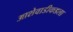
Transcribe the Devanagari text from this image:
आशेवाडीकडला